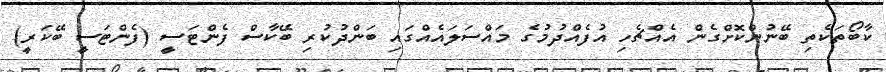
ކާބޯތަކެތި ބޭނުންކޮށްގެން އެއްޗެހި އުފެއްދުމުގެ މައްސަލައެއްގައި ބަންދުކުރި ބޭކާސް ފެންޓަސީ (ފެންޓަސީ ބޭކަރީ)